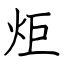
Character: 炬